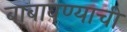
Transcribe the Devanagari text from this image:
बाबावण्याची